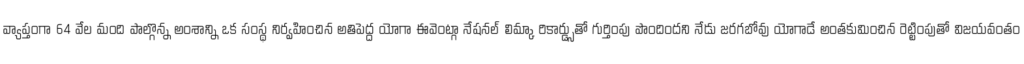
వ్యాప్తంగా 64 వేల మంది పాల్గొన్న అంశాన్ని ఒక సంస్థ నిర్వహించిన అతిపెద్ద యోగా ఈవెంట్గా నేషనల్ లిమ్కా రికార్డ్సుతో గుర్తింపు పొందిందని నేడు జరగబోవు యోగాడే అంతకుమించిన రెట్టింపుతో విజయవంతం